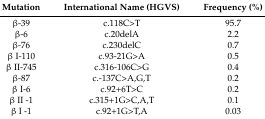
<table><thead><tr><td><b>Mutation</b></td><td><b>International Name (HGVS)</b></td><td><b>Frequency (%)</b></td></tr></thead><tbody><tr><td>β-39</td><td>c.118C&gt;T</td><td>95.7</td></tr><tr><td>β-6</td><td>c.20delA</td><td>2.2</td></tr><tr><td>β-76</td><td>c.230delC</td><td>0.7</td></tr><tr><td>β I-110</td><td>c.93-21G&gt;A</td><td>0.5</td></tr><tr><td>β II-745</td><td>c.316-106C&gt;G</td><td>0.4</td></tr><tr><td>β-87</td><td>c.-137C&gt;A,G,T</td><td>0.2</td></tr><tr><td>β I-6</td><td>c.92+6T&gt;C</td><td>0.2</td></tr><tr><td>β II -1</td><td>c.315+1G&gt;C,A,T</td><td>0.1</td></tr><tr><td>β I -1</td><td>c.92+1G&gt;T,A</td><td>0.03</td></tr></tbody></table>